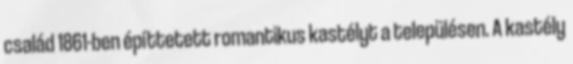
család 1861-ben építtetett romantikus kastélyt a településen. A kastély